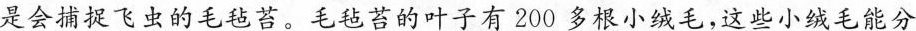
是会捕捉飞虫的毛毡苔。毛毡苔的叶子有200多根小绒毛，这些小绒毛能分